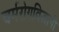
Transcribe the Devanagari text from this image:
चर्मरोगविज्ञानी